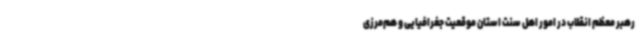
رهبر معظم انقلاب در امور اهل سنت استان موقعیت جغرافیایی و هم‌مرزی